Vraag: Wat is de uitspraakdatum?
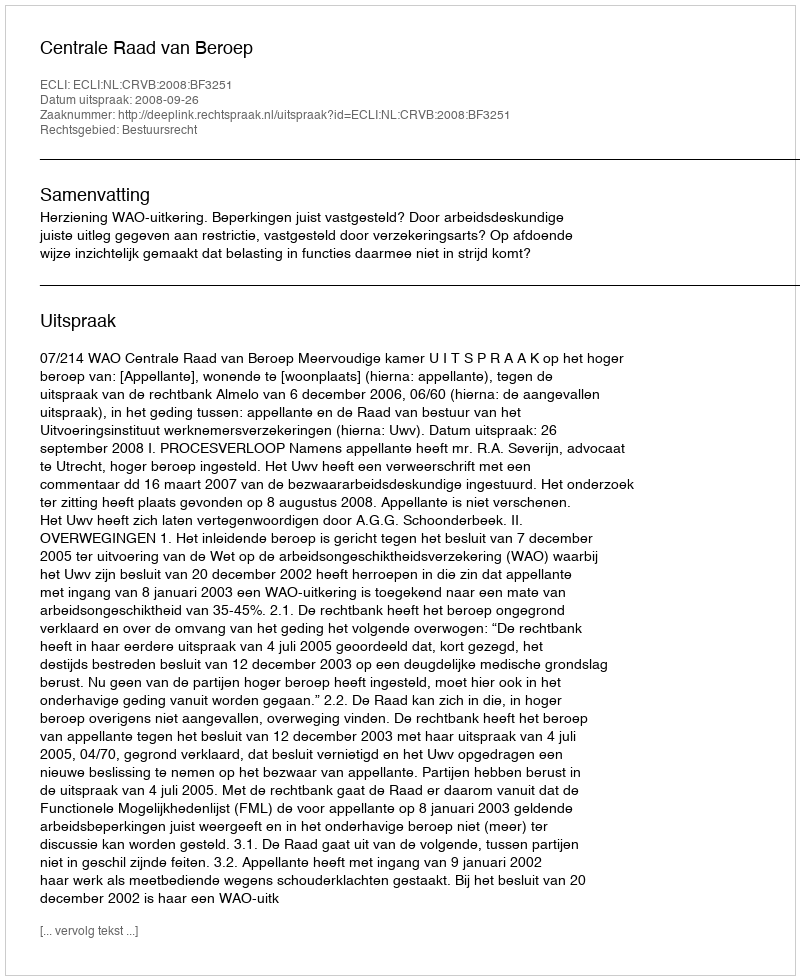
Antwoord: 2008-09-26